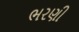
ભરણી